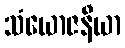
သံယောဇနီယာ